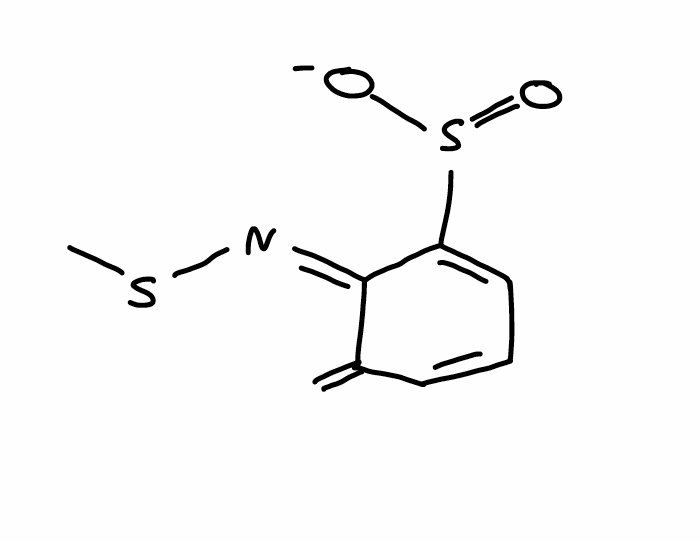
Simplified molecular-input line-entry system (SMILES) notation of the given molecule:
CS/N=C/1\C(=C)C=CC=C1S(=O)[O-]